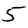
Digit: 5